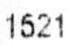
1521